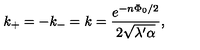
k _ { + } = - k _ { - } = k = \frac { e ^ { - n \Phi _ { 0 } / 2 } } { 2 \sqrt { \lambda ^ { \prime } \alpha } } ,